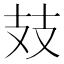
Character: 𢺸